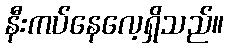
နီးကပ်နေလေ့ရှိသည်။